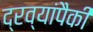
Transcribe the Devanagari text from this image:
द्रव्यांपैकी